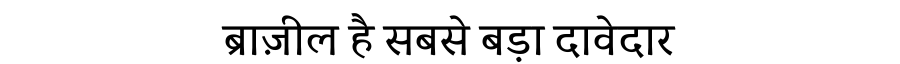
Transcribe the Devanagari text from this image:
ब्राज़ील है सबसे बड़ा दावेदार